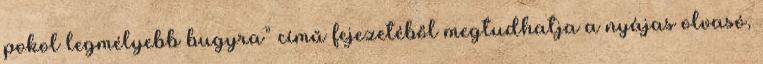
pokol legmélyebb bugyra” című fejezetéből megtudhatja a nyájas olvasó,